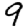
Digit: 9